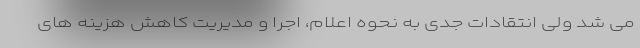
می شد ولی انتقادات جدی به نحوه اعلام، اجرا و مدیریت کاهش هزینه های